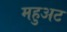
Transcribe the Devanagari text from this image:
महुअट